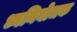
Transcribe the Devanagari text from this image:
ध्वनिबोधक